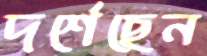
দর্শেছেন